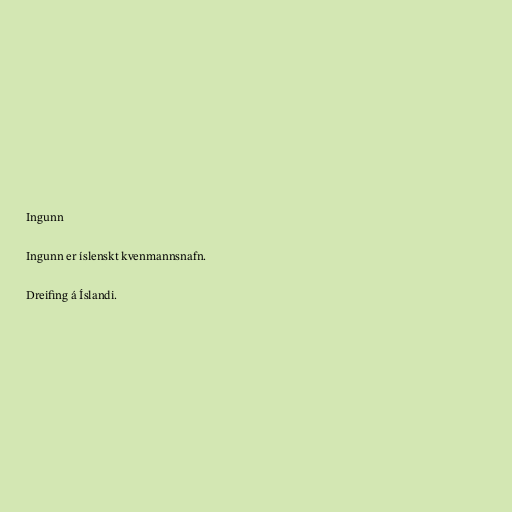
Ingunn

Ingunn er íslenskt kvenmannsnafn.

Dreifing á Íslandi.